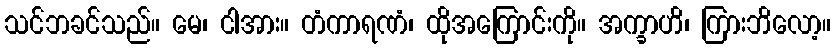
သင်ဘခင်သည်။ မေ၊ ငါအား။ တံကာရဏံ၊ ထိုအကြောင်းကို။ အက္ခာဟိ၊ ကြားဘိလော့။